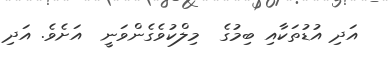
އަދި އުޑުތަކާއި ބިމުގެ  މިލްކުވެގެންވަނީ  އަށެވެ. އަދި